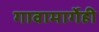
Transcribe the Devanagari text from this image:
गावामार्गेही